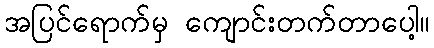
အပြင်ရောက်မှ ကျောင်းတက်တာပေါ့။